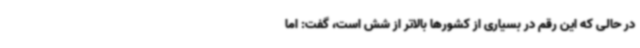
در حالی که این رقم در بسیاری از کشورها بالاتر از شش است، گفت: اما